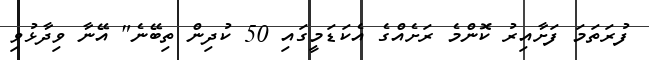
ފުރަތަމަ ފަށާއިރު ކޮންމެ ރަށެއްގެ އެކަޑަމީގައި 50 ކުދިން ތިބޭނެ" އޭނާ ވިދާޅުވި